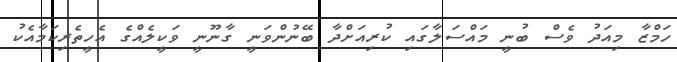
ހަމްޒާ މިއަދު ވެސް ބުނީ މައްސަލާގައި ކުރިއަށްދާ ބޭނުންވަނީ ގާނޫނީ ވަކީލެއްގެ އެހީތެރިކަމާއެކު